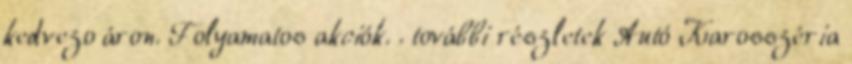
kedvezo áron. Folyamatos akciók. . további részletek Autó Karosszéria